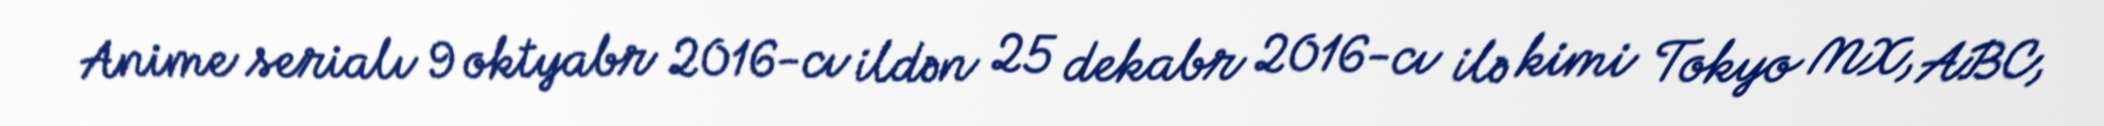
Anime serialı 9 oktyabr 2016-cı ildən 25 dekabr 2016-cı ilə kimi Tokyo MX, ABC,